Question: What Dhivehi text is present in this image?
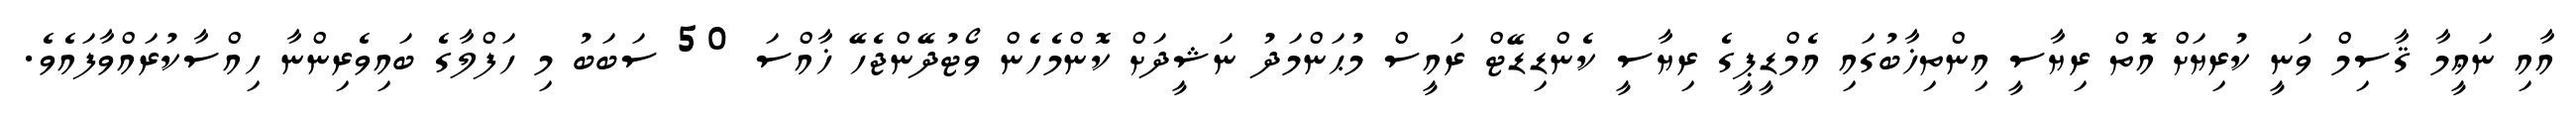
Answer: އާއި ނަޢީމާ ޤާސިމް ވަނީ ކުރިޔަށް އޮތް ރިޔާސީ އިންތިޚާބުގައި އެމްޑީޕީގެ ރިޔާސީ ކެންޑިޑޭޓް ރައީސް މުޙަންމަދު ނަޝީދަށް ކޮންމެހެން ވޯޓުދޭންޖެހޭ ޚާއްސަ 50 ސަބަބު މި ހަފްލާގެ ބައިވެރިންނާ ހިއްސާކުރައްވާފައެވެ.